Report of the Hyderabad Chloroform Commission
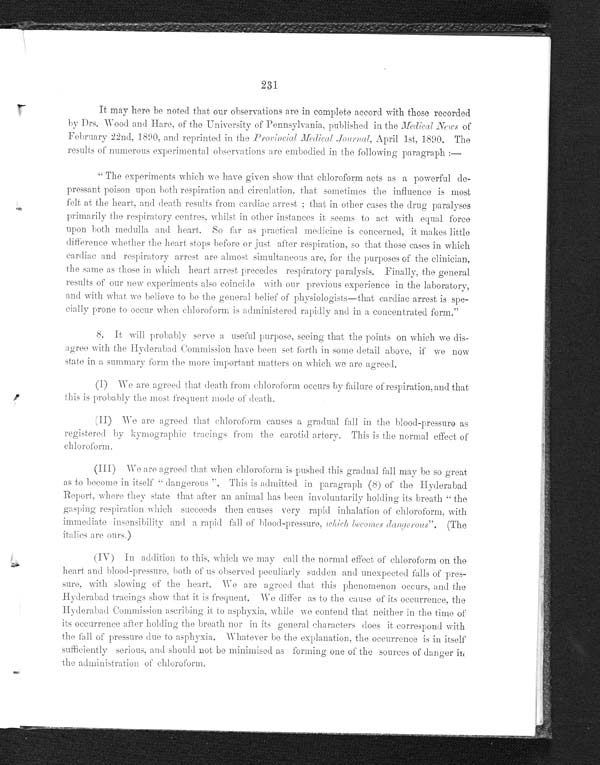
231
It may here be noted that our observations are in complete accord with those recorded by Drs. Wood and Hare, of the University of Pennsylvania, published in the Medical News of
February 22nd, 1890, and reprinted in the Provincial Medical Journal, April 1st, 1890. The
results of numerous experimental observations are embodied in the following paragraph:
—
"The experiments which we have given show that chloroform acts as a powerful de-
pressant poison upon both respiration and circulation, that sometimes the influence is most
felt at the heart, and death results from cardiac arrest; that in other cases the drug paralyses
primarily the respiratory centres, whilst in other instances it seems to act, with equal force
upon both medulla and heart. So far as practical medicine is concerned, it makes little
difference whether the heart stops before or just after respiration, so that those cases in which
cardiac and respiratory arrest are almost simultaneous are, for the purposes of the clinician,
the same as those in which heart arrest precedes respiratory paralysis. Finally, the general
results of our new experiments also coincide with our previous experience in the laboratory,
and with what we believe to be the general belief of physiologists—that cardiac arrest is spe-
cially prone to occur when chloroform is administered rapidly and in a concentrated form."
8. It will probably serve a useful purpose, seeing that the points on which we dis-
agree with the Hyderabad Commission have been set forth in some detail above, if we now
state in a summary form the more important matters on which we are agreed.
(I) We are agreed that death from chloroform occurs by failure of respiration, and that
this is probably the most frequent mode of death.
(II) We are agreed that chloroform causes a gradual fall in the blood-pressure as
registered by kymographic tracings from the carotid artery. This is the normal effect of
chloroform.
(III) We are agreed that when chloroform is pushed this gradual fall may be so great
as to become in itself "dangerous". This is admitted in paragraph (8) of the Hyderabad
Report, where they state that after an animal has been involuntarily holding its breath "the
gasping respiration which succeeds then causes very rapid inhalation of chloroform, with
immediate insensibility and a rapid fall of blood-pressure, which becomes danger ous" .
( T h e
italics are ours.)
(IV) In addition to this, which we may call the normal effect of chloroform on the
heart and blood-pressure, both of us observed peculiarly sudden and unexpected falls of pres-
-sure, with slowing of the heart. We are agreed that this phenomenon occurs, and the
Hyderabad tracings show that it is frequent. We differ as to the casue of its occurrence, the
Hyderabad Commission ascribing it to asphyxia, while we contend that neither in the time of
its occurrence after holding the breath nor in its general characters does it correspond with
the fall of pressure due to asphyxia. Whatever be the explanation, the occurrence is in itself
sufficiently serious, and should not be minimised as forming one of the sources of danger in
the administration of chloroform.